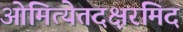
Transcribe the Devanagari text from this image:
ओमित्येतदक्षरमिद